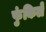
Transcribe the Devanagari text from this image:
फुंकिलें